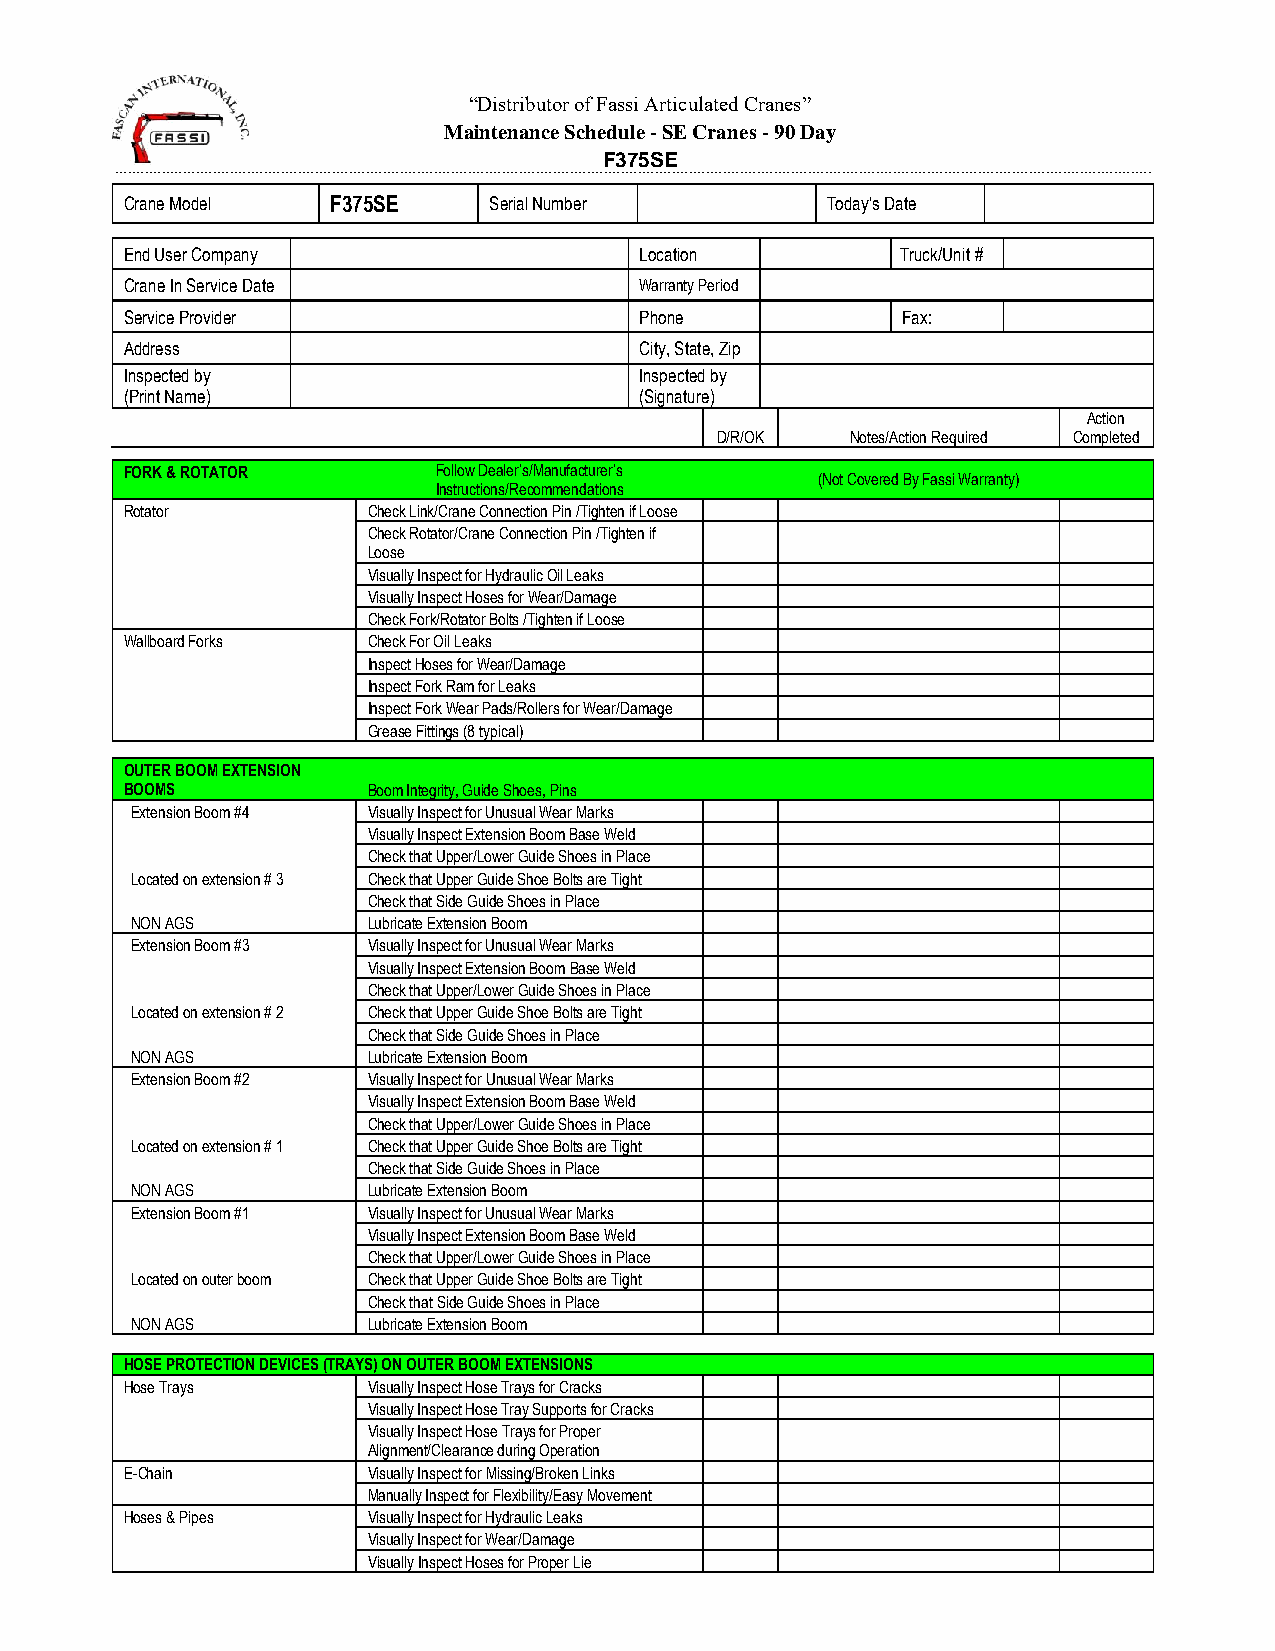
“Distributor of Fassi Articulated Cranes”
 Maintenance Schedule - SE Cranes - 90 Day
 F375SE
 ____________________________________________________________________________________________________________________________________________________________________________________________________________________________________________________
 Crane Model   F375SE    Serial Number          Today's Date
 End User Company                  Location          Truck/Unit #
 Crane In Service Date             Warranty Period
 Service Provider                  Phone             Fax:
 Address                           City, State, Zip
 Inspected by                      Inspected by
 (Print Name)                      (Signature)
 Action
 D/R/OK   Notes/Action Required Completed
 FORK & ROTATOR       Follow Dealer’s/Manufacturer’s
 (Not Covered By Fassi Warranty)
 Instructions/Recommendations
 Rotator         Check Link/Crane Connection Pin /Tighten if Loose
 Check Rotator/Crane Connection Pin /Tighten if
 Loose
 Visually Inspect for Hydraulic Oil Leaks
 Visually Inspect Hoses for Wear/Damage
 Check Fork/Rotator Bolts /Tighten if Loose
 Wallboard Forks Check For Oil Leaks
 Inspect Hoses for Wear/Damage
 Inspect Fork Ram for Leaks
 Inspect Fork Wear Pads/Rollers for Wear/Damage
 Grease Fittings (8 typical)
 OUTER BOOM EXTENSION
 BOOMS           Boom Integrity, Guide Shoes, Pins
 Extension Boom #4 Visually Inspect for Unusual Wear Marks
 Visually Inspect Extension Boom Base Weld
 Check that Upper/Lower Guide Shoes in Place
 Located on extension # 3 Check that Upper Guide Shoe Bolts are Tight
 Check that Side Guide Shoes in Place
 NON AGS        Lubricate Extension Boom
 Extension Boom #3 Visually Inspect for Unusual Wear Marks
 Visually Inspect Extension Boom Base Weld
 Check that Upper/Lower Guide Shoes in Place
 Located on extension # 2 Check that Upper Guide Shoe Bolts are Tight
 Check that Side Guide Shoes in Place
 NON AGS        Lubricate Extension Boom
 Extension Boom #2 Visually Inspect for Unusual Wear Marks
 Visually Inspect Extension Boom Base Weld
 Check that Upper/Lower Guide Shoes in Place
 Located on extension # 1 Check that Upper Guide Shoe Bolts are Tight
 Check that Side Guide Shoes in Place
 NON AGS        Lubricate Extension Boom
 Extension Boom #1 Visually Inspect for Unusual Wear Marks
 Visually Inspect Extension Boom Base Weld
 Check that Upper/Lower Guide Shoes in Place
 Located on outer boom Check that Upper Guide Shoe Bolts are Tight
 Check that Side Guide Shoes in Place
 NON AGS        Lubricate Extension Boom
 HOSE PROTECTION DEVICES (TRAYS) ON OUTER BOOM EXTENSIONS
 Hose Trays      Visually Inspect Hose Trays for Cracks
 Visually Inspect Hose Tray Supports for Cracks
 Visually Inspect Hose Trays for Proper
 Alignment/Clearance during Operation
 E-Chain         Visually Inspect for Missing/Broken Links
 Manually Inspect for Flexibility/Easy Movement
 Hoses & Pipes   Visually Inspect for Hydraulic Leaks
 Visually Inspect for Wear/Damage
 Visually Inspect Hoses for Proper Lie